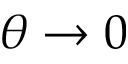
\theta \rightarrow 0